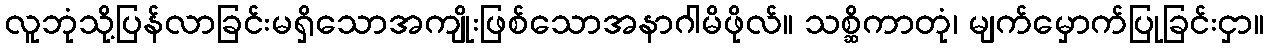
လူဘုံသို့ပြန်လာခြင်းမရှိသောအကျိုးဖြစ်သောအနာဂါမိဖိုလ်။ သစ္ဆိကာတုံ၊ မျက်မှောက်ပြုခြင်းငှာ။